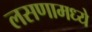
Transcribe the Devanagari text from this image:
लसणामध्ये